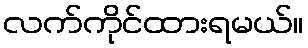
လက်ကိုင်ထားရမယ်။